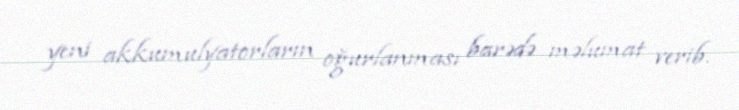
yeni akkumulyatorların oğurlanması barədə məlumat verib.